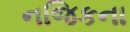
નજિકના